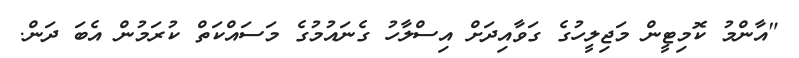
"އާންމު ކޮމިޓީން މަޖިލީހުގެ ގަވާއިދަށް އިސްލާހު ގެނައުމުގެ މަސައްކަތް ކުރަމުން އެބަ ދަން.